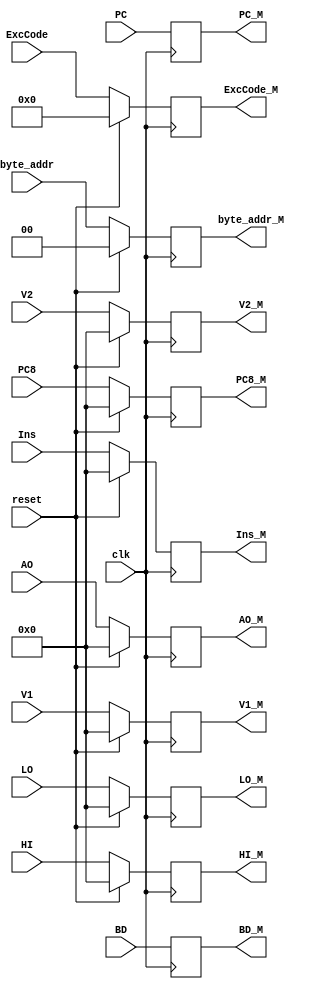
// This program was cloned from: https://github.com/SilenceX12138/MIPS-Microsystems
// License: MIT License

`timescale 1ns / 1ps

module MReg(clk,reset,Ins,V1,V2,AO,byte_addr,HI,LO,PC,PC8,ExcCode,BD,Ins_M,V1_M,V2_M,AO_M,byte_addr_M,HI_M,LO_M,PC_M,PC8_M,ExcCode_M,BD_M);
//interface
    input clk;
    input reset;

    input [31:0] Ins;
	input [31:0] V1;
    input [31:0] V2;
    input [31:0] AO;
    input [1:0] byte_addr;
	input [31:0] HI;
	input [31:0] LO;

    input [31:0] PC;
    input [31:0] PC8;

    input [6:2] ExcCode;
    input BD;
	
    output reg [31:0] Ins_M;
	output reg [31:0] V1_M;
    output reg [31:0] V2_M;
    output reg [31:0] AO_M;
	output reg [1:0] byte_addr_M;
	output reg [31:0] HI_M;
	output reg [31:0] LO_M;

    output reg [31:0] PC_M;
    output reg [31:0] PC8_M;

    output reg [6:2] ExcCode_M;
    output reg BD_M;

//sequential logic
    /*
	initial
		begin
			Ins_M=0;
			V1_M=0;
			V2_M=0;
			AO_M=0;
			HI_M=0;
			LO_M=0;
			PC_M=0;
			PC8_M=0;
			byte_addr_M=0;
            ExcCode_M=0;
            BD_M=0;
		end
	*/
    
    always @(posedge clk)
        begin
            if(reset)
                begin
                    Ins_M<=0;
					V1_M<=0;
                    V2_M<=0;
                    AO_M<=0;
                    byte_addr_M<=0;
					HI_M<=0;
					LO_M<=0;
                    PC_M<=PC;
                    PC8_M<=0;
                    ExcCode_M<=0;
                    BD_M<=BD;
                end
            else
                begin
                    Ins_M<=Ins;
					V1_M<=V1;
                    V2_M<=V2;
                    AO_M<=AO;
                    byte_addr_M<=byte_addr;
					HI_M<=HI;
					LO_M<=LO;
                    PC_M<=PC;
                    PC8_M<=PC8;
                    ExcCode_M<=ExcCode;
                    BD_M<=BD;
                end
        end
        
endmodule